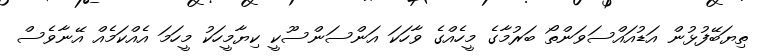
ތިޔަބޭފުޅުން އަޑުއައްސަވަންތޯ ބަރުމާގެ މީހެެއްގެ ވާހަކަ އަންސަންސޫކީ ކިޔާމީހަކު މީހަމަ އެއްކަމެއް އޭނާވެސް